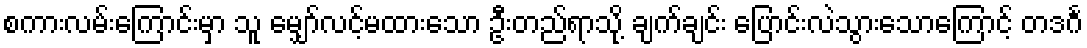
စကားလမ်းကြောင်းမှာ သူ မျှော်လင့်မထားသော ဦးတည်ရာသို့ ချက်ချင်း ပြောင်းလဲသွားသောကြောင့် တဒင်္ဂ